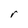
Character: r